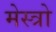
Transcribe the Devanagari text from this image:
मेस्त्रो